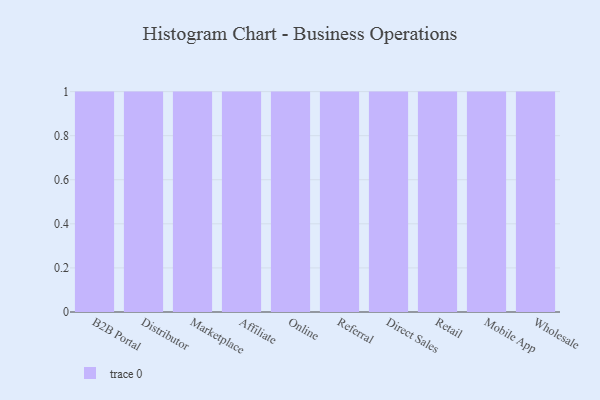
{"axis": {"x": "Channel", "y": "Budget (USD K)"}, "legend": [""], "data": [{"x": "B2B Portal", "y": 71, "type": ""}, {"x": "Distributor", "y": 41, "type": ""}, {"x": "Marketplace", "y": 20, "type": ""}, {"x": "Affiliate", "y": 35, "type": ""}, {"x": "Online", "y": 98, "type": ""}, {"x": "Referral", "y": 37, "type": ""}, {"x": "Direct Sales", "y": 23, "type": ""}, {"x": "Retail", "y": 92, "type": ""}, {"x": "Mobile App", "y": 97, "type": ""}, {"x": "Wholesale", "y": 92, "type": ""}]}